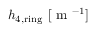
h _ { 4 , \mathrm { r i n g } } \ [ \textrm { m } ^ { - 1 } ]